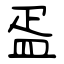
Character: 㿿